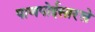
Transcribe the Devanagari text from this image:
पाणपोईसारखे